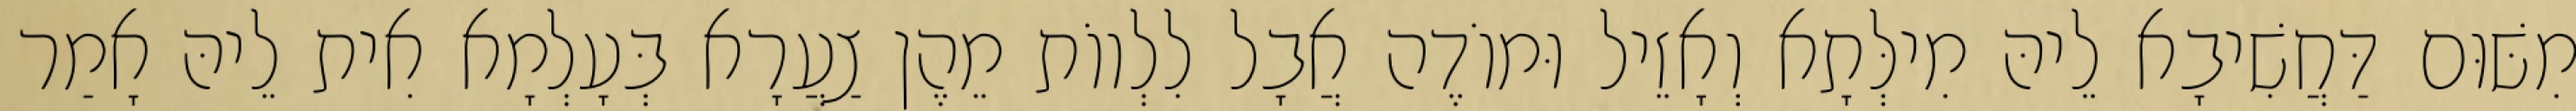
מִשּׁוּם דַּחֲשִׁיבָא לֵיהּ מִילְּתָא וְאָזֵיל וּמוֹדֶה אֲבָל לִלְווֹת מֵהֶן צַעֲרָא בְּעָלְמָא אִית לֵיהּ אָמַר